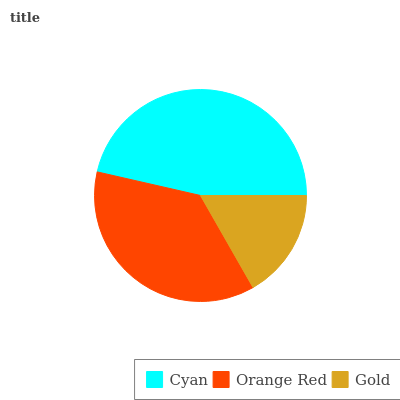
| Cyan | Orange Red | Gold |
 | --- | --- | --- |
 | 46.5% | 36.8% | 16.7% |